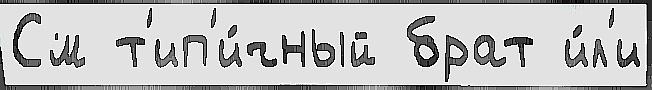
См т'ип'и́чный брат и́л'и